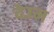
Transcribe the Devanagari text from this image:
देउम